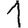
Digit: 1